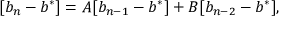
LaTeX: [ b _ { n } - b ^ { * } ] = A [ b _ { n - 1 } - b ^ { * } ] + B [ b _ { n - 2 } - b ^ { * } ] ,